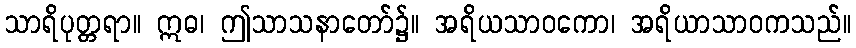
သာရိပုတ္တရာ။ ဣဓ၊ ဤသာသနာတော်၌။ အရိယသာဝကော၊ အရိယာသာဝကသည်။